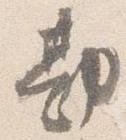
勘